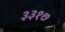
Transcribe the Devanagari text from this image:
३३१७